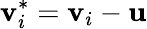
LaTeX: \mathbf{v}_{i}^{*}=\mathbf{v}_{i}-\mathbf{u}